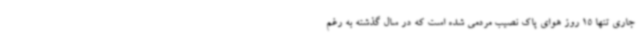
جاری تنها 15 روز هوای پاک نصیب مردمی شده است که در سال گذشته به‌ رغم